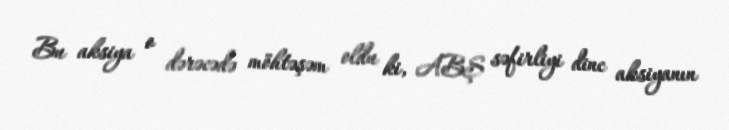
Bu aksiya o dərəcədə möhtəşəm oldu ki, ABŞ səfirliyi dinc aksiyanın